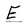
Character: E